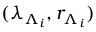
( \lambda _ { \Lambda _ { i } } , r _ { \Lambda _ { i } } )